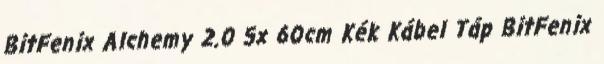
BitFenix Alchemy 2.0 5x 60cm Kék Kábel Táp BitFenix